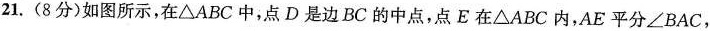
21.(8分)如图所示，在△ABC中，点D是边BC的中点，点E在△ABC内，AE平分∠BAC，